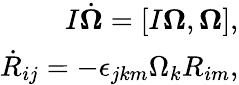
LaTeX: \begin{array}{r}{I\dot{\boldsymbol\Omega}=[I{\boldsymbol\Omega},{\boldsymbol\Omega}],}\\ {\dot{R}_{ij}=-\epsilon_{jkm}\Omega_{k}R_{im},}\end{array}